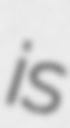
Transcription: is